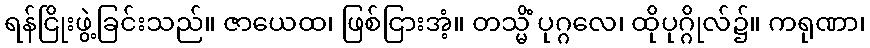
ရန်ငြိုးဖွဲ့ခြင်းသည်။ ဇာယေထ၊ ဖြစ်ငြားအံ့။ တသ္မိံ ပုဂ္ဂလေ၊ ထိုပုဂ္ဂိုလ်၌။ ကရုဏာ၊